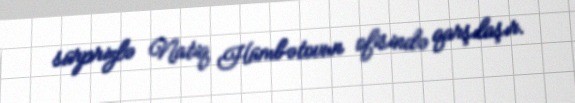
sürprizlə Natiq Hümbətovun ofisində qarşılaşır.